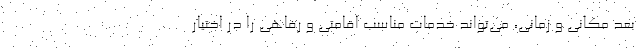
بعد مکانی و زمانی، می‌تواند خدمات مناسب اقامتی و رفاهی را در اختیار